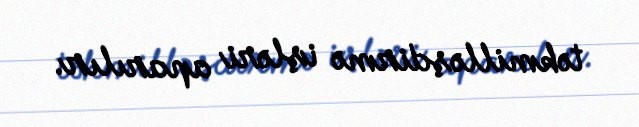
təkmilləşdirmə işləri aparılır.